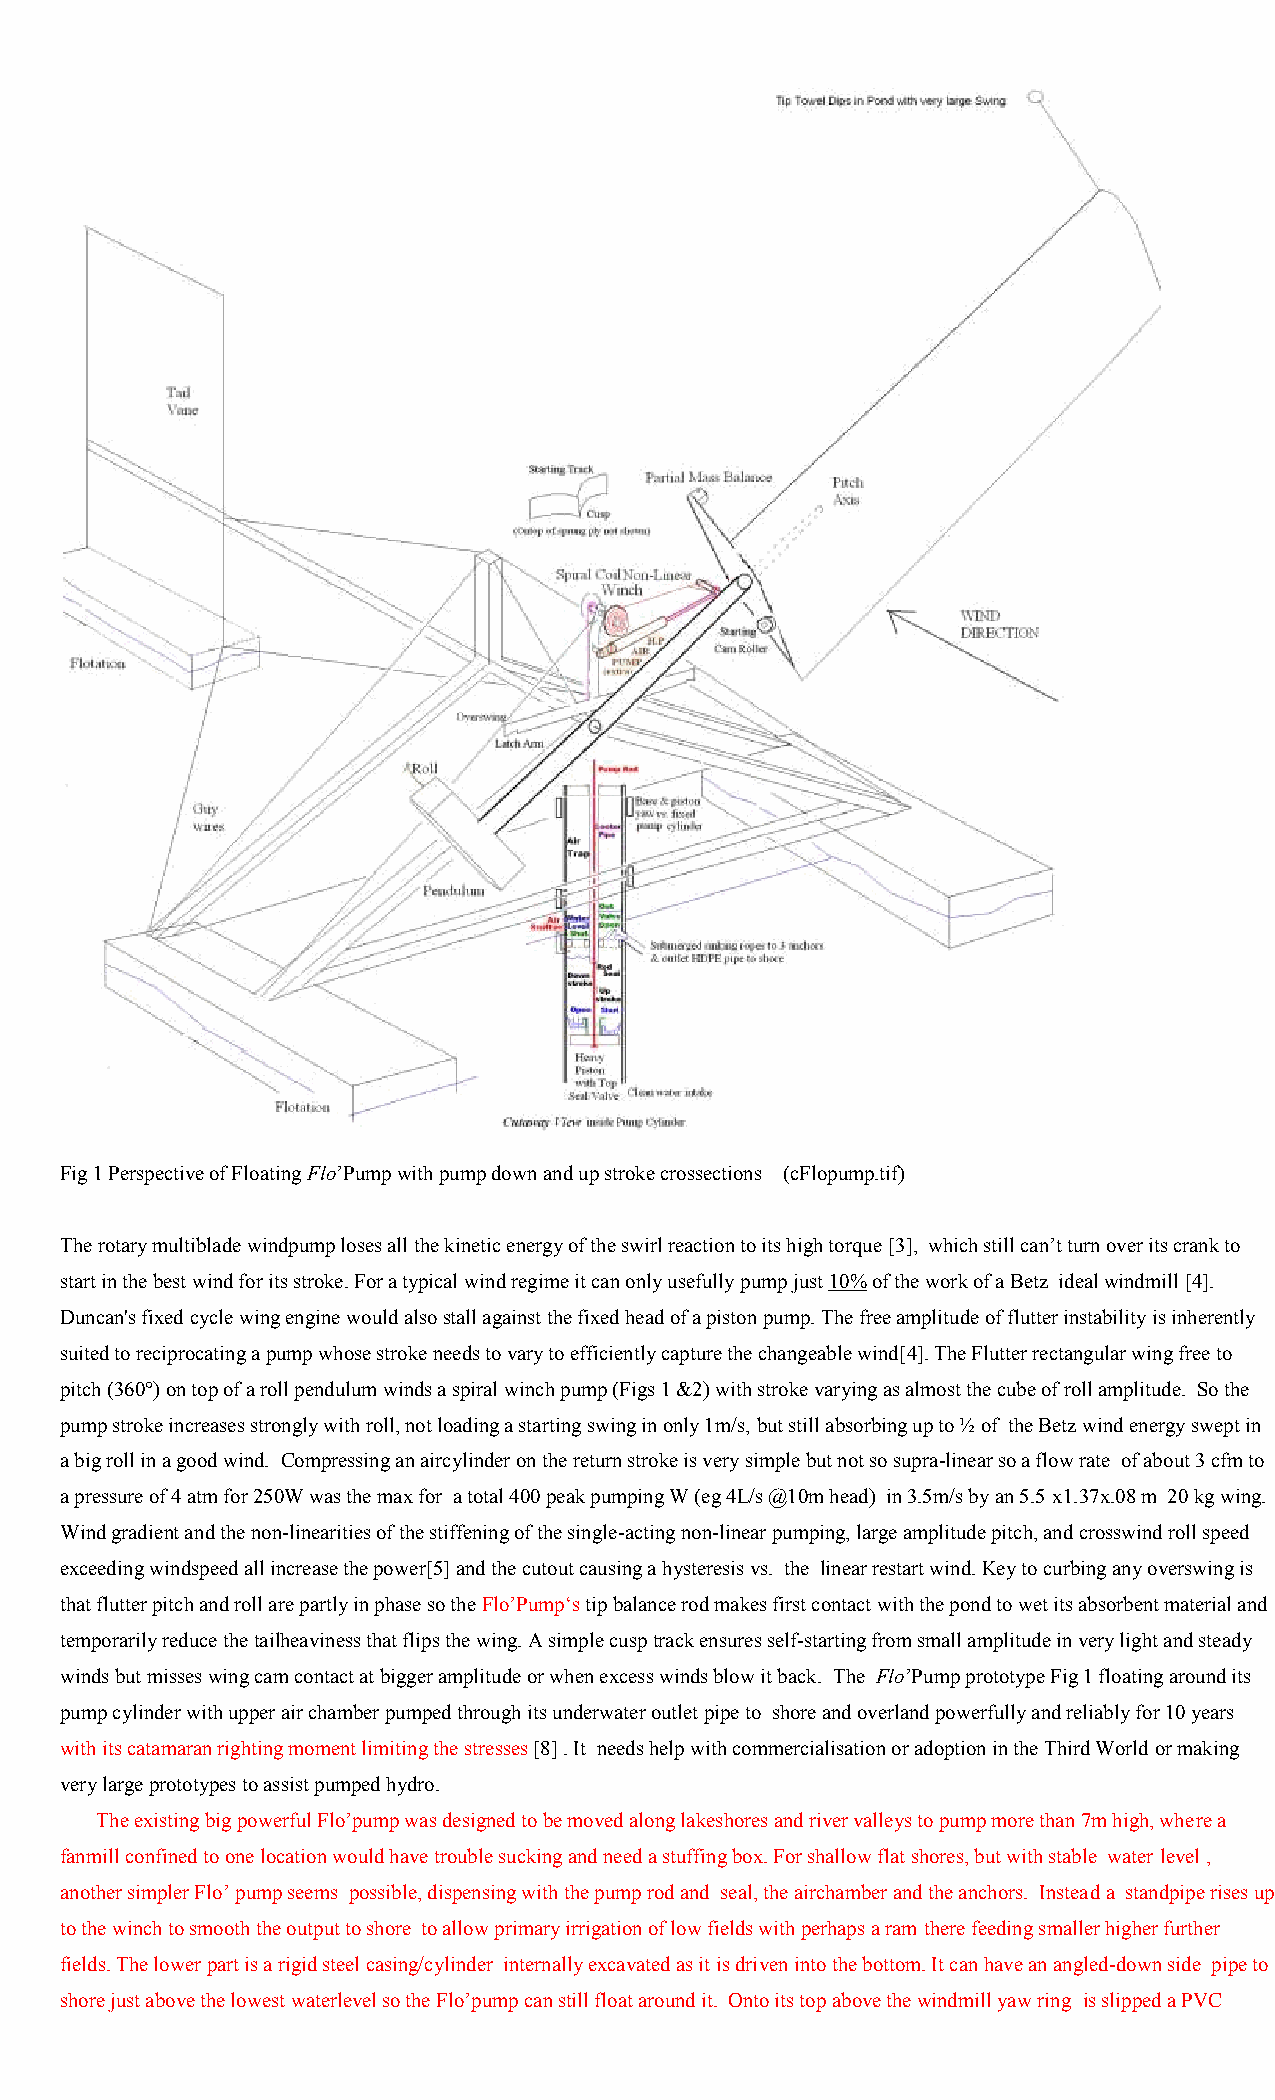
Fig 1 Perspective of Floating Flo’Pump with pump down and up stroke crossections (cFlopump.tif)
 The rotary multiblade windpump loses all the kinetic energy of the swirl reaction to its high torque [3], which still can’t turn over its crank to
 start in the best wind for its stroke. For a typical wind regime it can only usefully pump just 10% of the work of a Betz ideal windmill [4].
 Duncan's fixed cycle wing engine would also stall against the fixed head of a piston pump. The free amplitude of flutter instability is inherently
 suited to reciprocating a pump whose stroke needs to vary to efficiently capture the changeable wind[4]. The Flutter rectangular wing free to
 pitch (360°) on top of a roll pendulum winds a spiral winch pump (Figs 1 &2) with stroke varying as almost the cube of roll amplitude. So the
 pump stroke increases strongly with roll, not loading a starting swing in only 1m/s, but still absorbing up to ½ of the Betz wind energy swept in
 a big roll in a good wind. Compressing an aircylinder on the return stroke is very simple but not so supra-linear so a flow rate of about 3 cfm to
 a pressure of 4 atm for 250W was the max for a total 400 peak pumping W (eg 4L/s @10m head) in 3.5m/s by an 5.5 x1.37x.08 m 20 kg wing.
 Wind gradient and the non-linearities of the stiffening of the single-acting non-linear pumping, large amplitude pitch, and crosswind roll speed
 exceeding windspeed all increase the power[5] and the cutout causing a hysteresis vs. the linear restart wind. Key to curbing any overswing is
 that flutter pitch and roll are partly in phase so the Flo’Pump‘s tip balance rod makes first contact with the pond to wet its absorbent material and
 temporarily reduce the tailheaviness that flips the wing. A simple cusp track ensures self-starting from small amplitude in very light and steady
 winds but misses wing cam contact at bigger amplitude or when excess winds blow it back. The Flo’Pump prototype Fig 1 floating around its
 pump cylinder with upper air chamber pumped through its underwater outlet pipe to shore and overland powerfully and reliably for 10 years
 with its catamaran righting moment limiting the stresses [8] . It needs help with commercialisation or adoption in the Third World or making
 very large prototypes to assist pumped hydro.
 The existing big powerful Flo’pump was designed to be moved along lakeshores and river valleys to pump more than 7m high, where a
 fanmill confined to one location would have trouble sucking and need a stuffing box. For shallow flat shores, but with stable water level ,
 another simpler Flo’ pump seems possible, dispensing with the pump rod and seal, the airchamber and the anchors. Instead a standpipe rises up
 to the winch to smooth the output to shore to allow primary irrigation of low fields with perhaps a ram there feeding smaller higher further
 fields. The lower part is a rigid steel casing/cylinder internally excavated as it is driven into the bottom. It can have an angled-down side pipe to
 shore just above the lowest waterlevel so the Flo’pump can still float around it. Onto its top above the windmill yaw ring is slipped a PVC